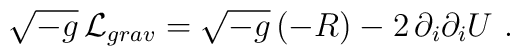
\sqrt{-g}\,{\cal L}_{grav} = \sqrt{-g}\,(- R) - 2 \, \partial_i \partial_i U \ .